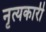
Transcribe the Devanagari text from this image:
नृत्यकारी